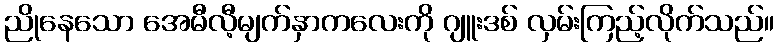
ညိုနေသော အေမီလီ့မျက်နှာကလေးကို ဂျူးဒစ် လှမ်းကြည့်လိုက်သည်။